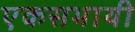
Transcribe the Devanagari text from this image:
एकसभायी